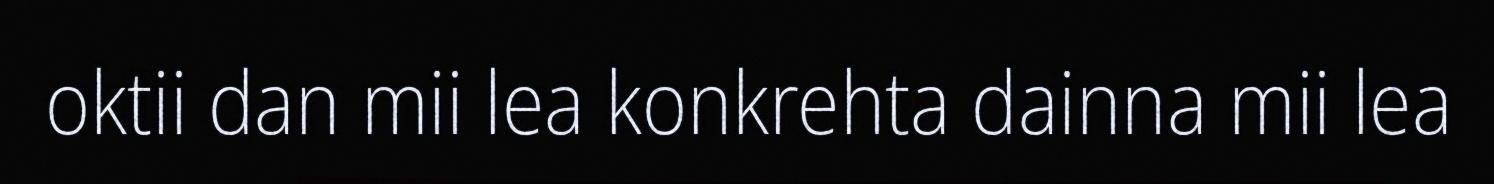
oktii dan mii lea konkrehta dainna mii lea